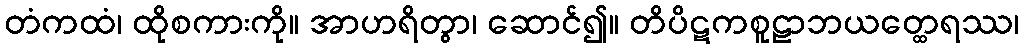
တံကထံ၊ ထိုစကားကို။ အာဟရိတွာ၊ ဆောင်၍။ တိပိဋကစူဠာဘယတ္ထေရဿ၊